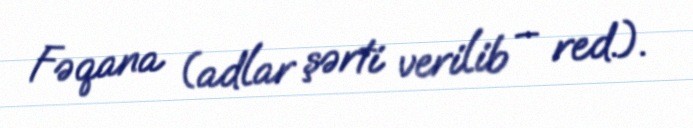
Fəqana (adlar şərti verilib – red.).